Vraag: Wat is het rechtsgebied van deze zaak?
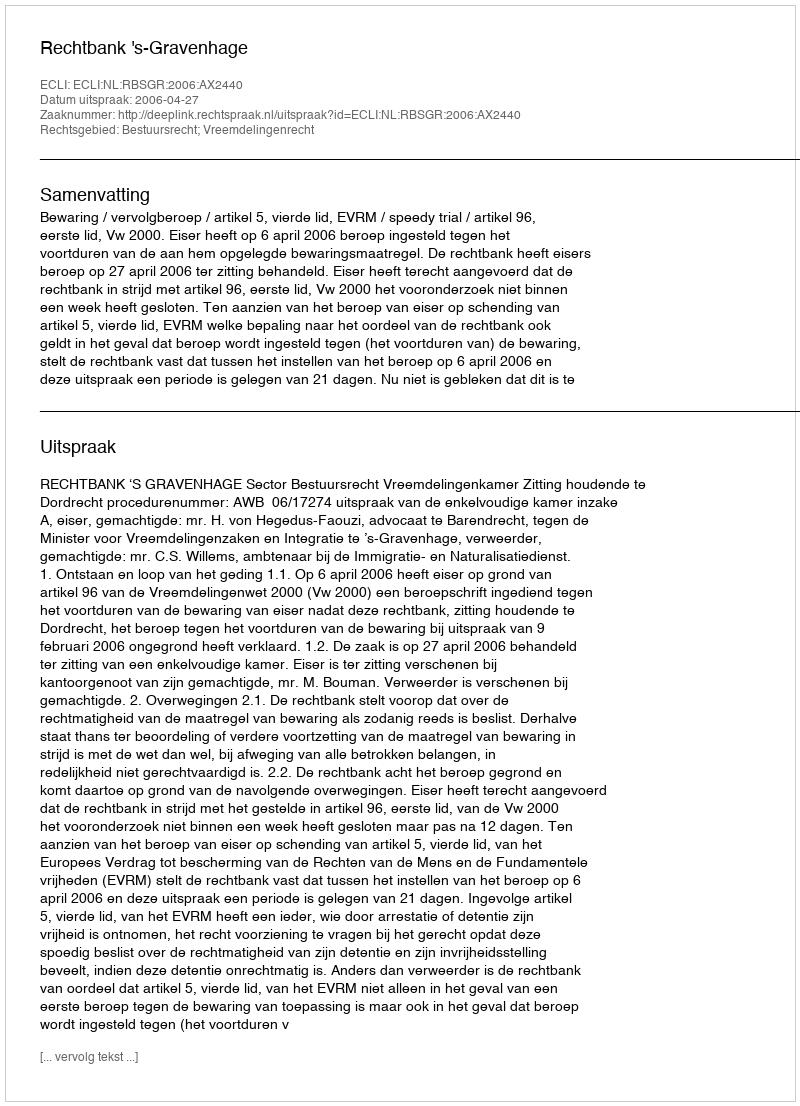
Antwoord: Bestuursrecht; Vreemdelingenrecht